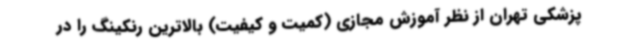
پزشکی تهران از نظر آموزش مجازی (کمیت و کیفیت) بالاترین رنکینگ را در